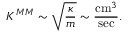
K ^ { M M } \sim \sqrt { \frac { \kappa } { m } } \sim \frac { \mathrm { c m } ^ { 3 } } { \mathrm { s e c } } .